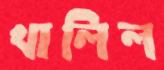
খালিল